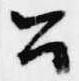
公